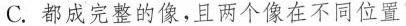
C.都成完整的像，且两个像在不同位置